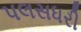
પલસધરી